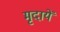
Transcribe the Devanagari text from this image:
मृदायें